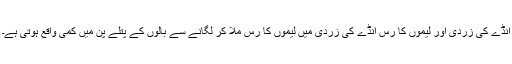
انڈے کی زردی اور لیموں کا رس انڈے کی زردی میں لیموں کا رس ملا کر لگانے سے بالوں کے پتلے پن میں کمی واقع ہوتی ہے۔